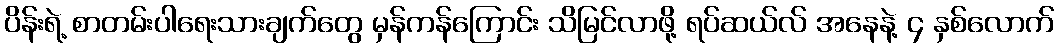
ပိန်းရဲ့ စာတမ်းပါရေးသားချက်တွေ မှန်ကန်ကြောင်း သိမြင်လာဖို့ ရပ်ဆယ်လ် အနေနဲ့ ၄ နှစ်လောက်